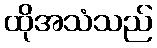
ထိုအသံသည်